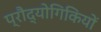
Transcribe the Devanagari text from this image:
प्रौद्योगिकियों